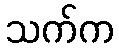
သက်က